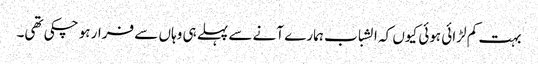
بہت کم لڑائی ہوئی کیوں کہ الشباب ہمارے آنے سے پہلے ہی وہاں سے فرار ہو چکی تھی۔